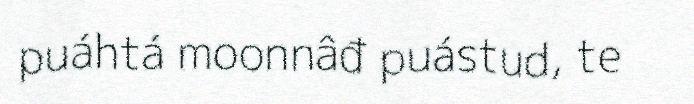
puáhtá moonnâđ puástud, te